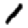
Digit: 1